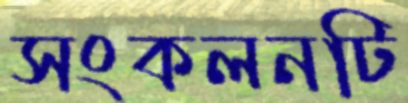
সংকলনটি